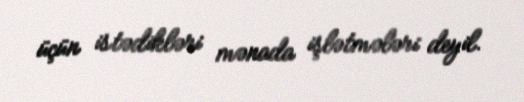
üçün istədikləri mənada işlətmələri deyil.